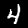
Digit: 4